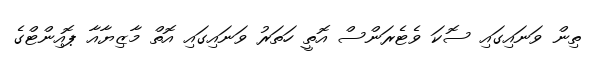
ތިން ވަނައިގައި ސޮކަ ވެޓެރަންސް އޮތީ ހަތަރު ވަނައިގައި އޮތް މާޒިޔާއާ ޕޮއިންޓްގެ